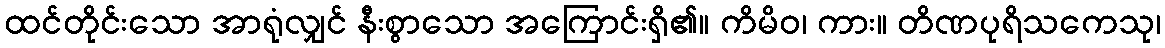
ထင်တိုင်းသော အာရုံလျှင် နီးစွာသော အကြောင်းရှိ၏။ ကိမိဝ၊ ကား။ တိဏပုရိသကေသု၊